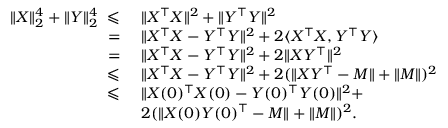
\begin{array} { r l } { \| X \| _ { 2 } ^ { 4 } + \| Y \| _ { 2 } ^ { 4 } ~ \leqslant } & { ~ \| X ^ { \top } X \| ^ { 2 } + \| Y ^ { \top } Y \| ^ { 2 } } \\ { = } & { ~ \| X ^ { \top } X - Y ^ { \top } Y \| ^ { 2 } + 2 \langle X ^ { \top } X , Y ^ { \top } Y \rangle } \\ { = } & { ~ \| X ^ { \top } X - Y ^ { \top } Y \| ^ { 2 } + 2 \| X Y ^ { \top } \| ^ { 2 } } \\ { \leqslant } & { ~ \| X ^ { \top } X - Y ^ { \top } Y \| ^ { 2 } + 2 ( \| X Y ^ { \top } - M \| + \| M \| ) ^ { 2 } } \\ { \leqslant } & { ~ \| X ( 0 ) ^ { \top } X ( 0 ) - Y ( 0 ) ^ { \top } Y ( 0 ) \| ^ { 2 } + } \\ & { ~ 2 ( \| X ( 0 ) Y ( 0 ) ^ { \top } - M \| + \| M \| ) ^ { 2 } . } \end{array}